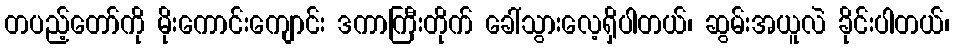
တပည့်တော်ကို မိုးကောင်းကျောင်း ဒကာကြီးတိုက် ခေါ်သွားလေ့ရှိပါတယ်၊ ဆွမ်းအယူလဲ ခိုင်းပါတယ်၊